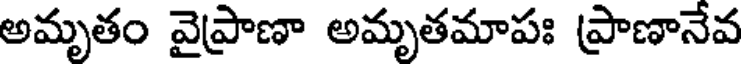
అమృతం వైప్రాణా అమృతమాపః ప్రాణానేవ